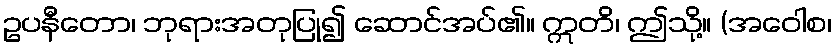
ဥပနီတော၊ ဘုရားအတုပြု၍ ဆောင်အပ်၏။ ဣတိ၊ ဤသို့။ (အဝေါစ၊